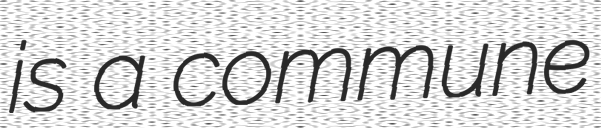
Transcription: is a commune